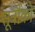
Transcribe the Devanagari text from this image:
सूत्रौंको